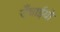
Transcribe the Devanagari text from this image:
उँचाईयो